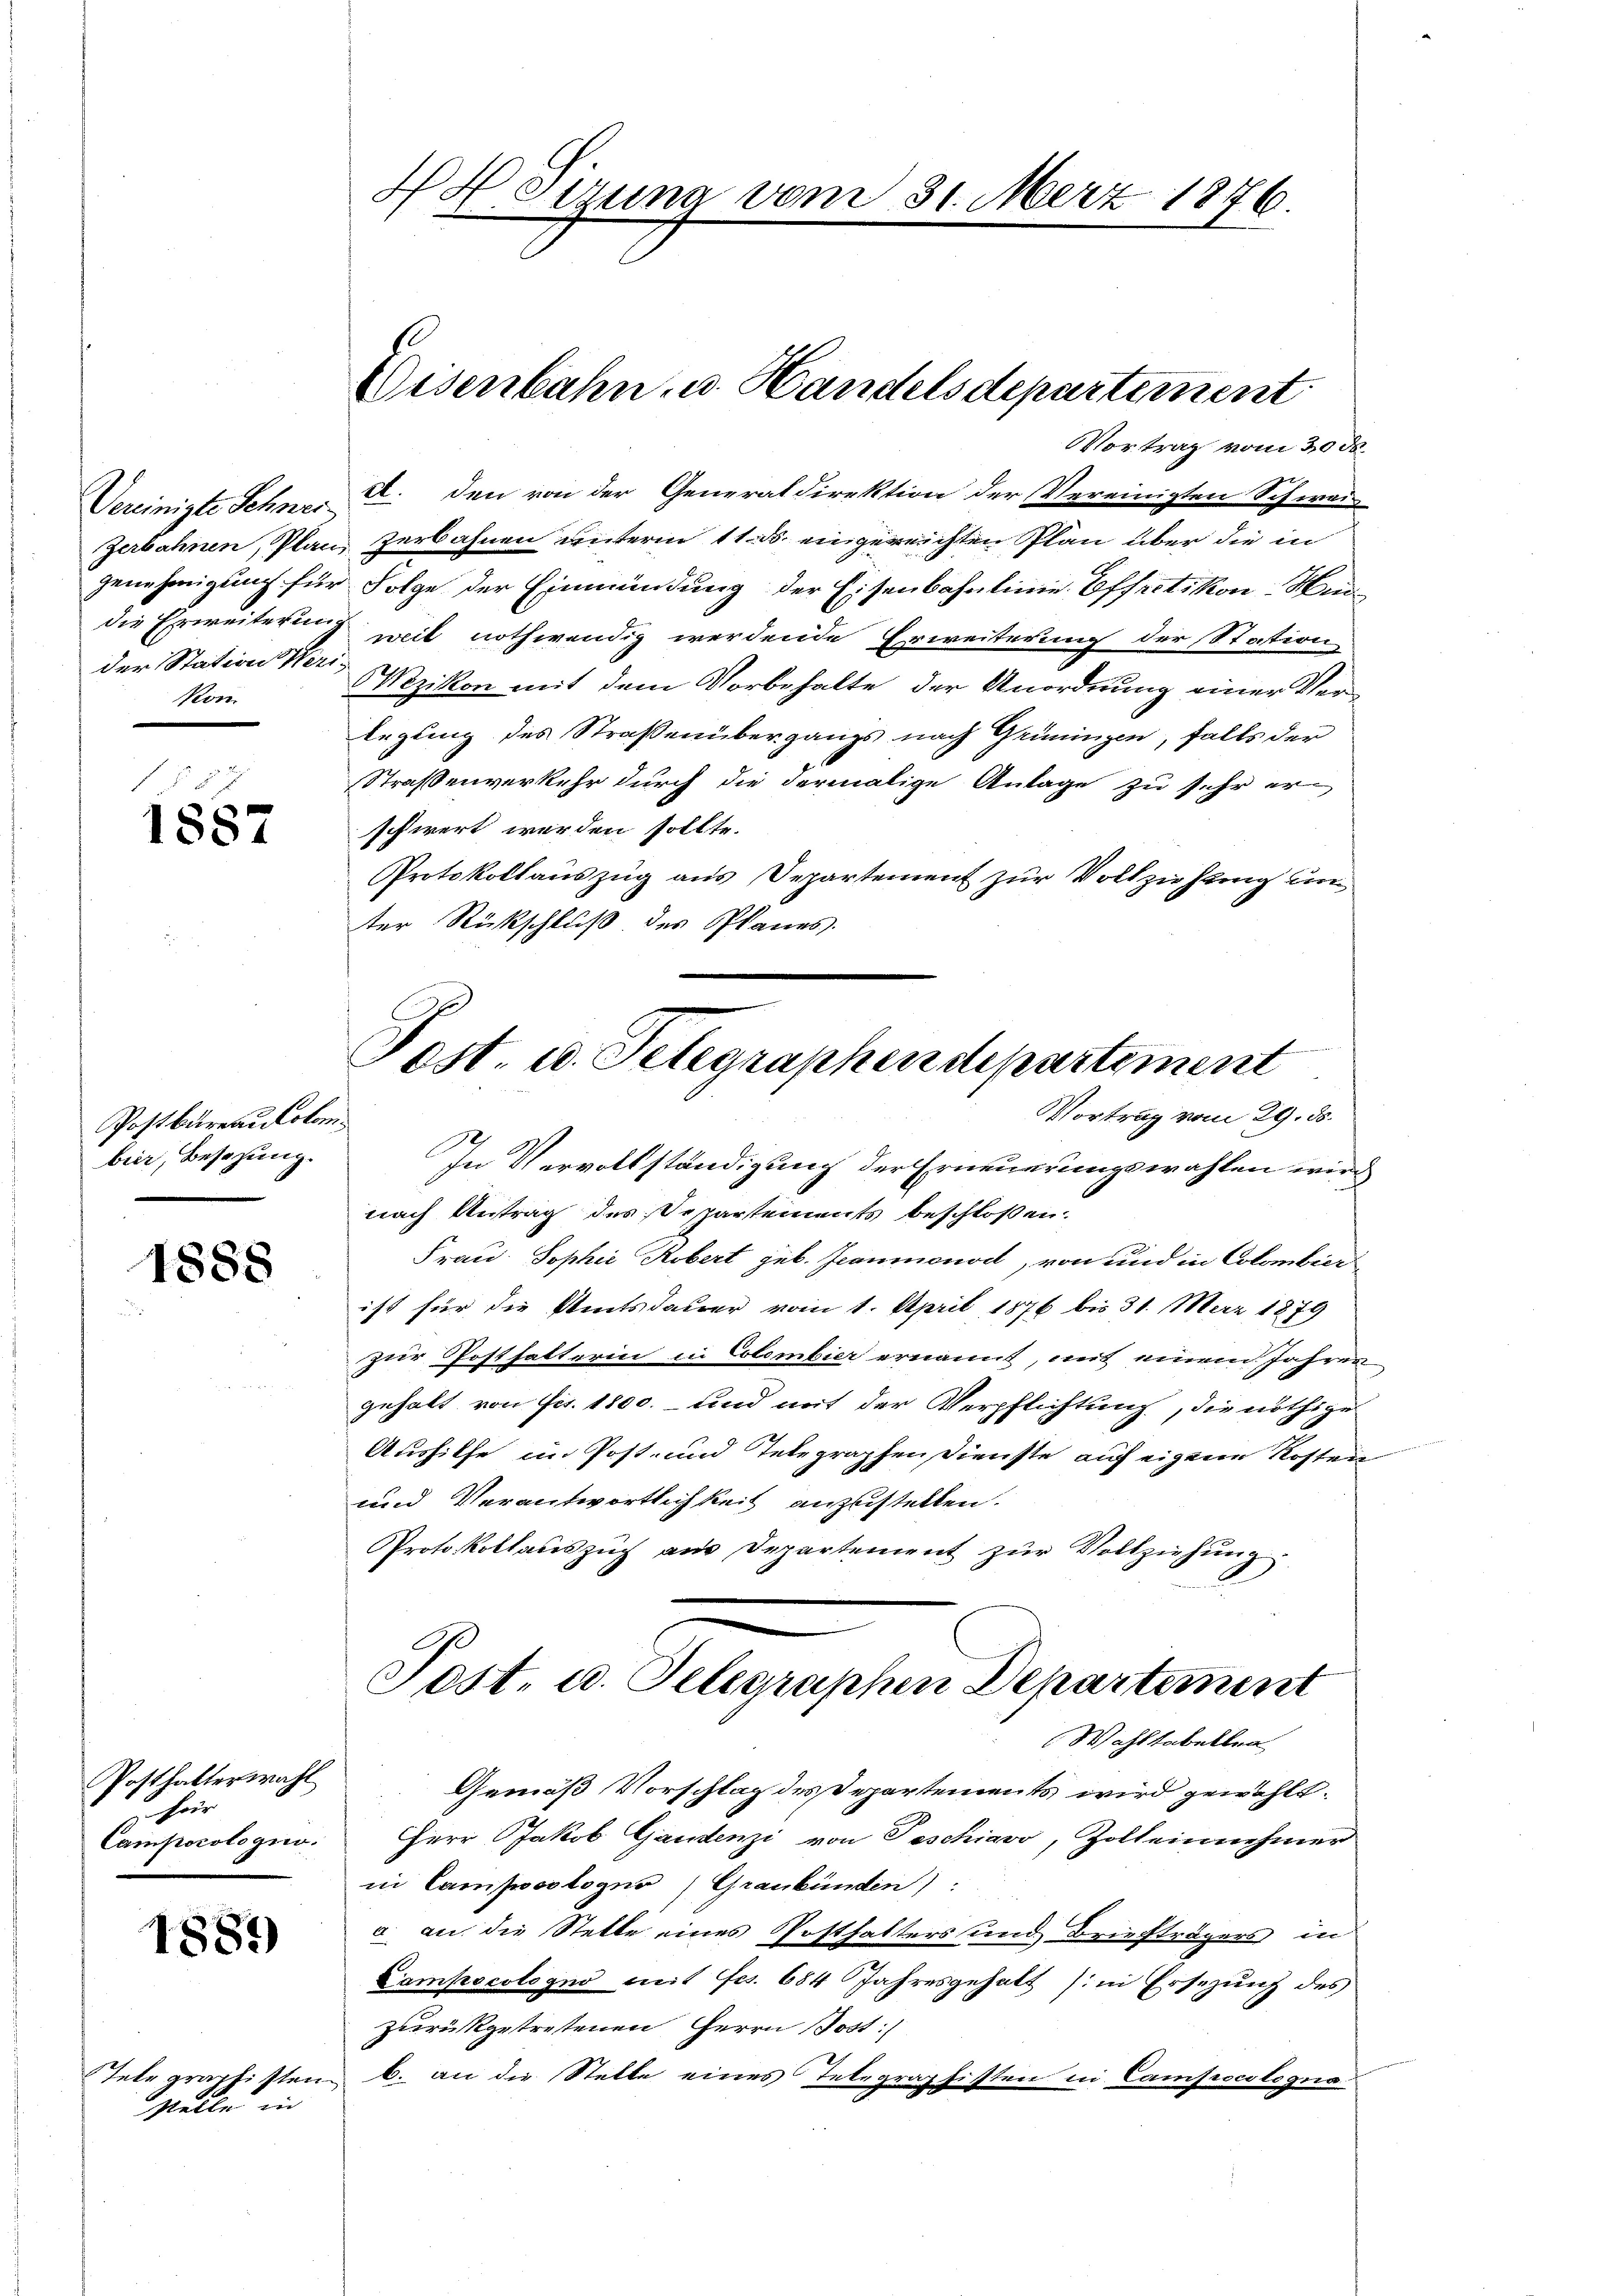
Vereinigte Schnei¬
Zerbahnen, Plan
genehmigung für
die Erweiterung
der Station Wer
Kom

1887

Postbureaulokom
bier, Besizung.

1888

Posthalterwahl
für
Comporologino.

1887)

Telegraphisten
stelle in

H Heizung vom 31. März 1876.

Eisenbahn, u. Handelsdepartement

Fest. u. Telegraphendepartement
Vortrag vom 29. ds.

Vortrag vom 30 ds.
XI. Den von der Generaldirektion der Vereinigten Schwei
zerbahnen unterm 11. ds. eingereichten Plan über die in
Folge der Einmündung der Eisenbahnlinie Offretikon Heiweit nothwendig werdende Erweiterung der Station,
ezikon mit dem Vorbehalte der Anordnung einer Verlegung des Straßenübergangs nach Grüningen, falls der
Straßenverkehr durch die dermalige Anlage zu sehr erschwert werden sollte.
Protokollauszug aus Departement zur Vollziehung un
ter Rückschluß des Planes.
In Vervollständigung der Erneuerungswahlen wird
nach Antrag des Departements beschloßen:
Frau Sophie Kobert geb. Jeaumonod, von und in Colombier
ist für die Amtsdauer vom 1. April 1876 bis 31. März 1879
zur Posthalterin in Colembier ernannt, mit einem Jahren
gehalt von Fis. 1800. und mit der Verpflichtung, die nöthige
Aushilfe im Post- und Telegraphen Dienste auf eigene Kosten
und Verantwortlichkeit anzustellen.
Protokollauszug aus Departement zur Vollziehung
Post u. Telegraphen Departement
Wahltabellen
Gemäß Vorschlag des Departements wird gewählt.
Herr Jakob Gandenzi von Teschiavo, Zolleinnehmer
in Campoologus (Graubünden):
a an die Stelle eines Posthalters und Briefträgers in
Lampscologno mit fcs. 684 Jahresgehalt (in Ersezung des
zurückgetretenen Herrn Post:/
b. an die Stelle eines Telegraphisten in Campocslogna